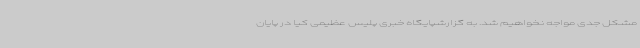
مشکل جدی مواجه نخواهیم شد. به گزارشپایگاه خبری پلیس عظیمی کیا در پایان